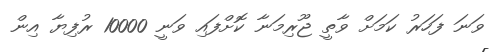
ވަނަ ފަހަރު ކަމަށް ވާތީ ޖޫރިމަނާ ކޮށްފައި ވަނީ 10000 ރުފިޔާ އިން